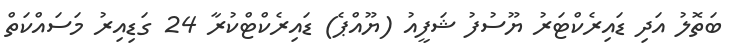
ބަތޮލު އަދި ޑައިރެކްޓަރު ޔޫސުފު ޝަފީއު (ޔޫއްޕެ) ޑައިރެކްޓްކުރާ 24 ގަޑިއިރު މަސައްކަތް